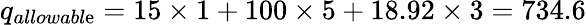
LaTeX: q_{allowabl\mathrm{e}}=15\times1+100\times5+18.92\times3=734.6